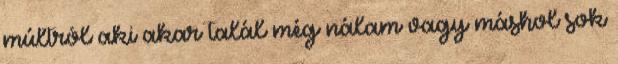
múltról aki akar talál még nálam vagy máshol sok